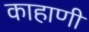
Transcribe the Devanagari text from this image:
काहाणी